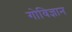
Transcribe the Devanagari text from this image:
गोविज्ञान